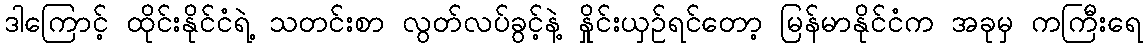
ဒါကြောင့် ထိုင်းနိုင်ငံရဲ့ သတင်းစာ လွတ်လပ်ခွင့်နဲ့ နှိုင်းယှဉ်ရင်တော့ မြန်မာနိုင်ငံက အခုမှ ကကြီးရေ